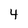
Character: 4